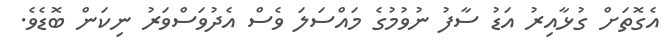
އެގޮތަށް ގުޅާއިރު އަޑު ސާފު ނުވުމުގެ މައްސަލަ ވެސް އެދުވަސްވަރު ނިކަން ބޮޑެވެ.